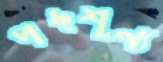
পদশূন্য